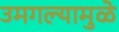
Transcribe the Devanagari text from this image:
उमगल्यामुळे